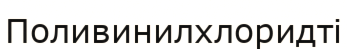
Поливинилхлоридті